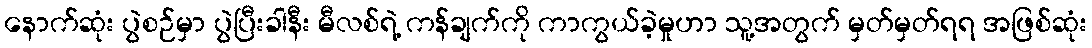
နောက်ဆုံး ပွဲစဉ်မှာ ပွဲပြီးခါနီး မီလစ်ရဲ့ ကန်ချက်ကို ကာကွယ်ခဲ့မှုဟာ သူ့အတွက် မှတ်မှတ်ရရ အဖြစ်ဆုံး